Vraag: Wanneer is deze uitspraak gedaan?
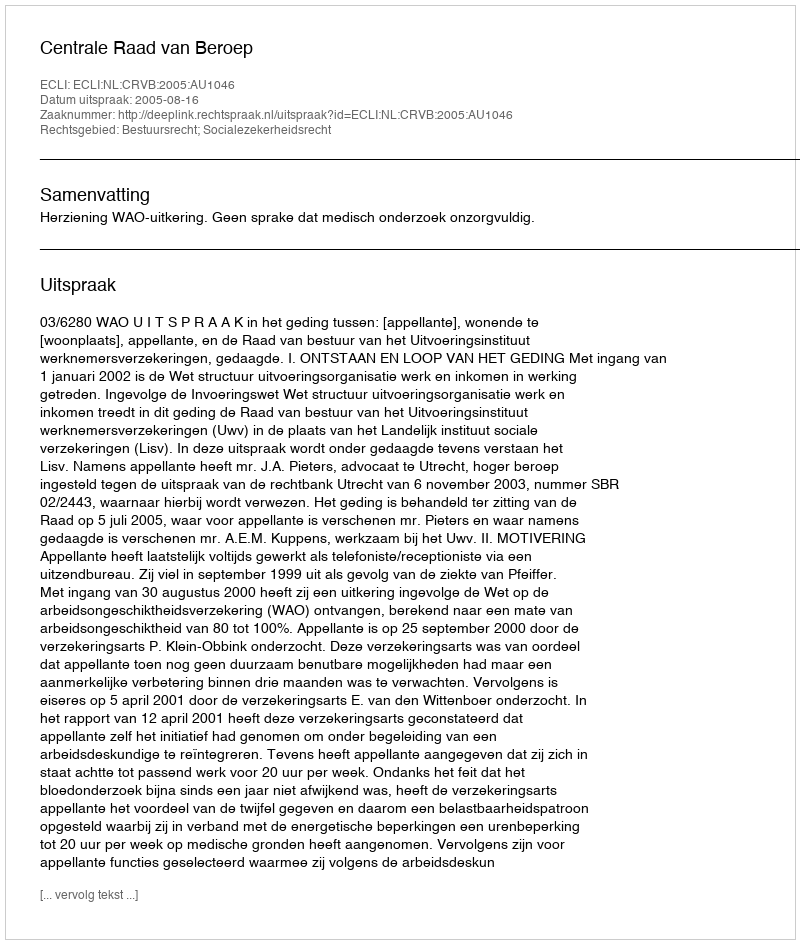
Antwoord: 2005-08-16